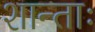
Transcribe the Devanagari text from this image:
शान्ताः